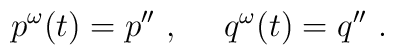
p^\omega(t) = p''\ ,\ \ \ \ q^\omega(t) = q''\ .